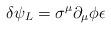
LaTeX: \begin{align*}\delta \psi_{L} = \sigma^{\mu} \partial_{\mu} \phi \epsilon\end{align*}